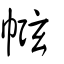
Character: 㡉